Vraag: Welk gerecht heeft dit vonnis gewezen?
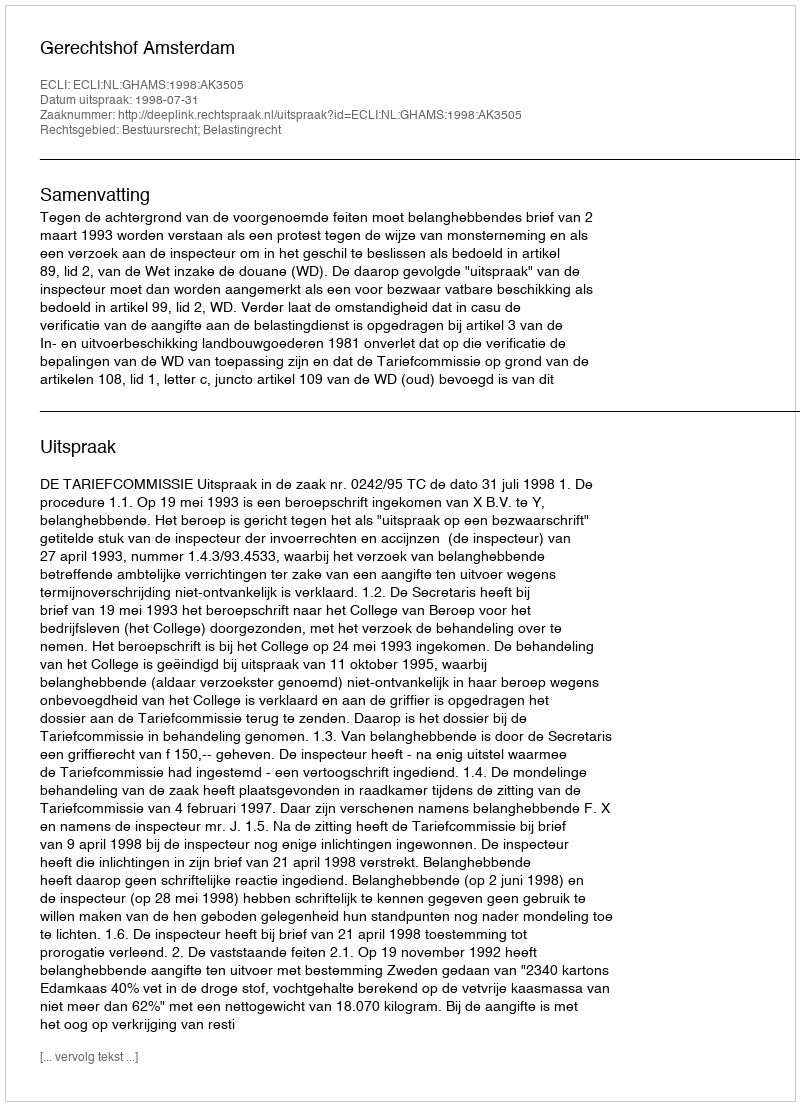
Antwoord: Gerechtshof Amsterdam